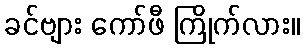
ခင်ဗျား ကော်ဖီ ကြိုက်လား။